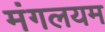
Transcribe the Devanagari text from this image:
मंगलयम